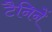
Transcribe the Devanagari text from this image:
टैनिनें